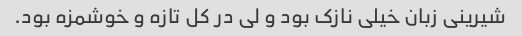
شیرینی زبان خیلی نازک بود و لی در کل تازه و خوشمزه بود.